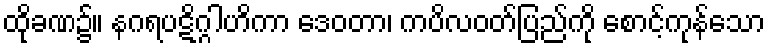
ထိုခဏ၌။ နဂရပဋိဂ္ဂါဟိကာ ဒေဝတာ၊ ကပိလဝတ်ပြည်ကို စောင့်ကုန်သော